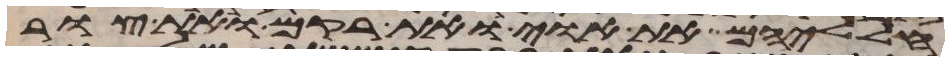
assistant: חלליהם את אוי ואת רקם ואת צור